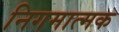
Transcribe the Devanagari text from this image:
निगमात्मक